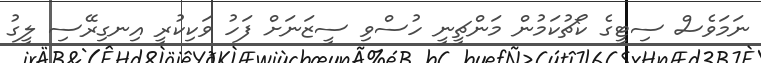
ނަމަވެސް ސިޓީގެ ކޯޗުކަމުން މަންޗީނީ ހުސްވި ސީޒަނަށް ފަހު ވަކިކުރީ އިނގިރޭސި ލީގު